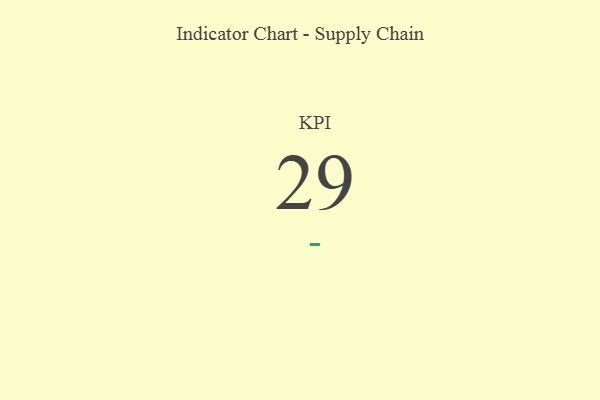
{"axis": {"x": "KPI", "y": "Value"}, "legend": [""], "data": [{"x": "KPI", "y": 29, "type": ""}]}